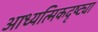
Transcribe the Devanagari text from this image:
आध्यत्मिकदृष्ट्या